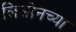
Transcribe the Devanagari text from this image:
लिओनच्या